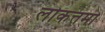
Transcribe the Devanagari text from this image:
लोकत्तमो